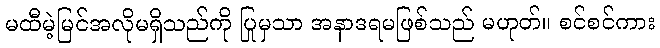
မထီမဲ့မြင်အလိုမရှိသည်ကို ပြုမှသာ အနာဒရမဖြစ်သည် မဟုတ်။ စင်စင်ကား